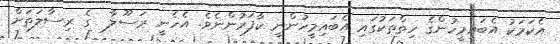
އެކަމަކު އެބައިމީހުންގެ ހިތްތަކުގައި އެބައިމީހުންނީ ކާފަރުންނެވެ. އެހެނީ ރަސޫލާ  ގެ ރިސާލަތަށް